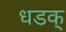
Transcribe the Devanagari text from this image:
धडक्